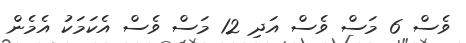
ވެސް 6 މަސް ވެސް އަދި 12 މަސް ވެސް އެކަމަކު އެމެން